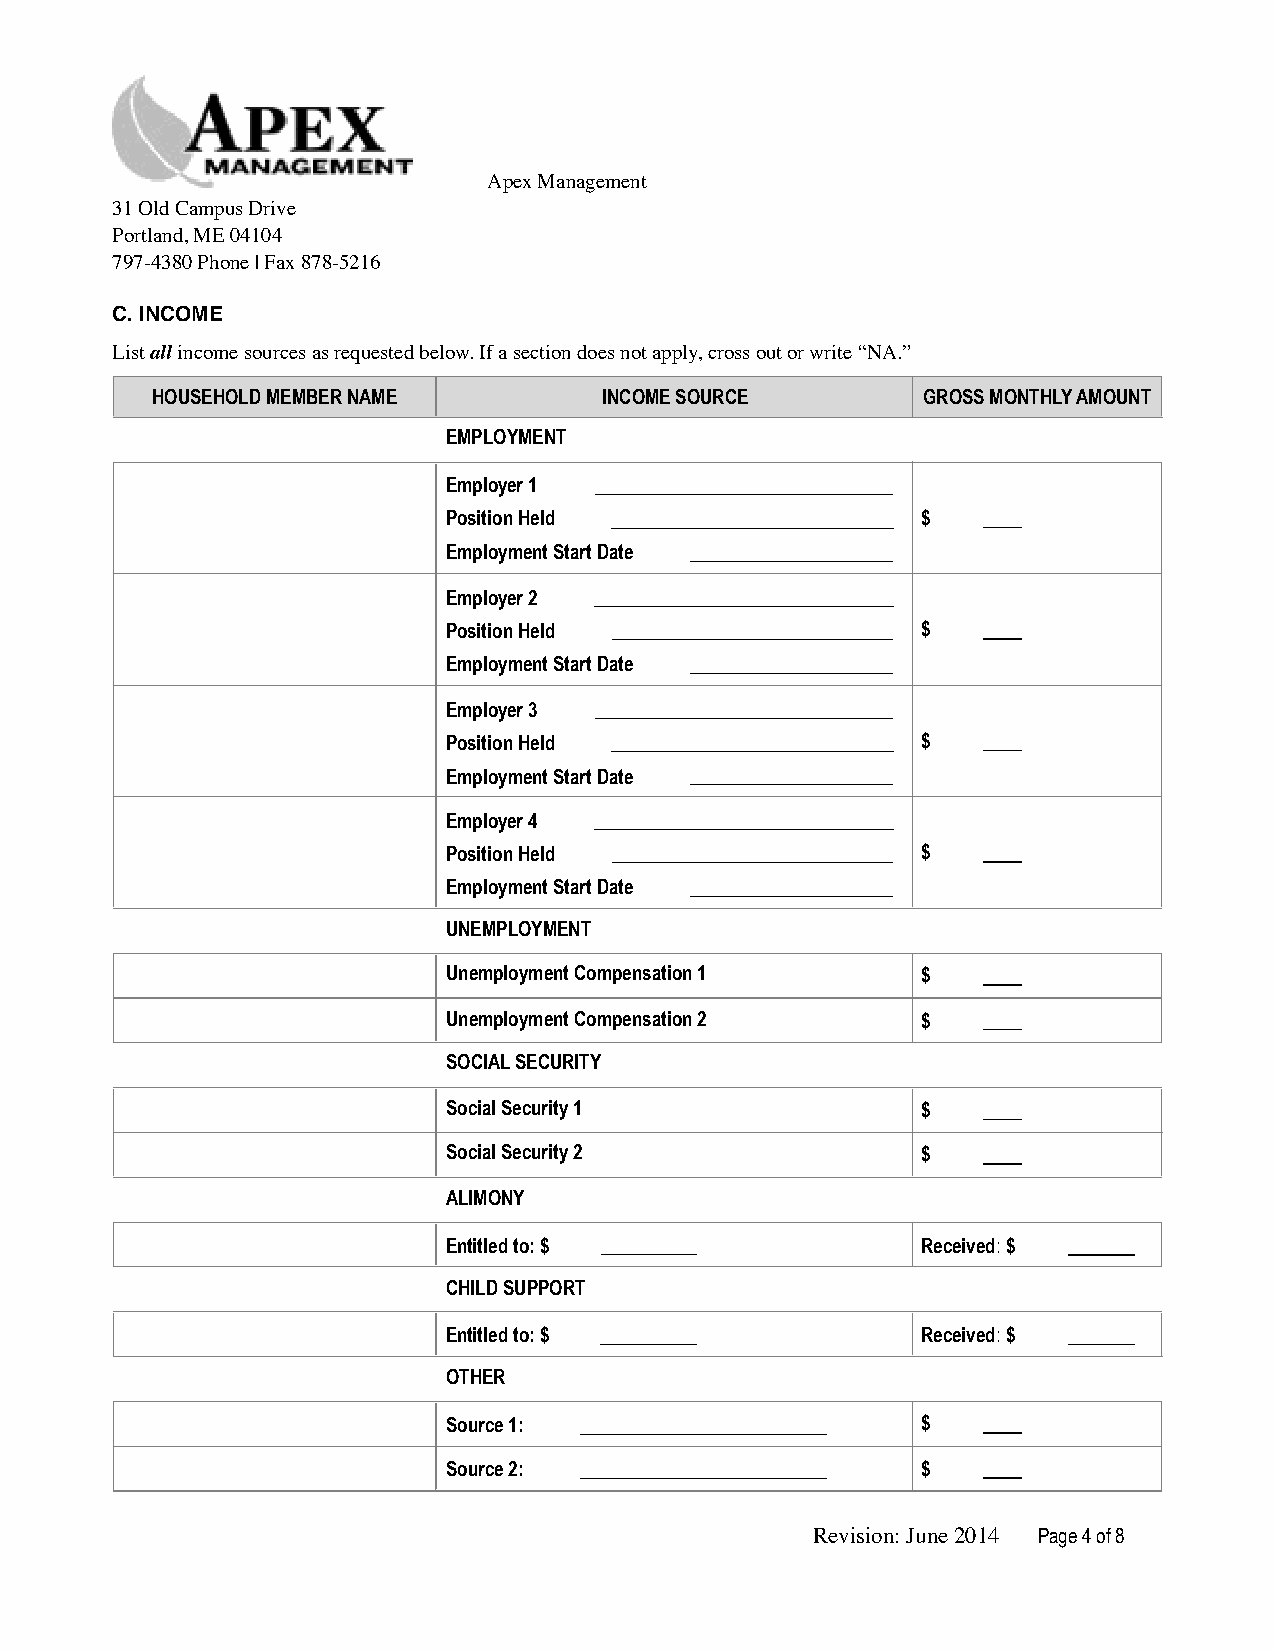
Apex Management
 31 Old Campus Drive
 Portland, ME 04104
 797-4380 Phone | Fax 878-5216
 C.INCOME
 List all income sources as requested below. If a section does not apply, cross out or write “NA.”
 HOUSEHOLD MEMBER NAME         INCOME SOURCE        GROSS MONTHLY AMOUNT
 EMPLOYMENT
 Employer 1
 Position Held                  $
 Employment Start Date
 Employer 2
 Position Held                  $
 Employment Start Date
 Employer 3
 Position Held                  $
 Employment Start Date
 Employer 4
 Position Held                  $
 Employment Start Date
 UNEMPLOYMENT
 Unemployment Compensation 1    $
 Unemployment Compensation 2    $
 SOCIAL SECURITY
 Social Security 1              $
 Social Security 2              $
 ALIMONY
 Entitled to: $                 Received: $
 CHILD SUPPORT
 Entitled to: $                 Received: $
 OTHER
 Source 1:                      $
 Source 2:                      $
 Revision: June 2014 Page !4 of !8